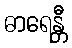
ဓာရေန္တီ